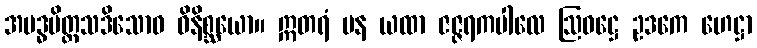
အဗဒ္ဓပိတ္တသဒိသောဝ ဝိနိစ္ဆယော။ ဣတရံ ပန ယထာ ဇဇ္ဇရကပါလေ ဩဝဋ္ဌေ ဥဒကေ ဟေဋ္ဌာ